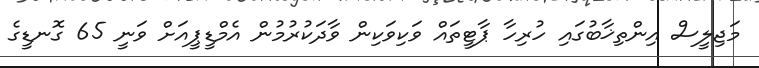
މަޖިލީސް އިންތިޚާބުގައި ހުރިހާ ޕާޓީތައް ވަކިވަކިން ވާދަކުރުމުން އެމްޑީޕީއަށް ވަނީ 65 ގޮނޑީގެ